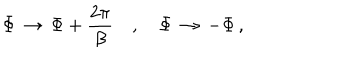
LaTeX: \Phi \, \rightarrow \, \Phi + \frac { 2 \pi } { \beta } \quad , \quad \Phi \, \rightarrow \, - \Phi \, ,